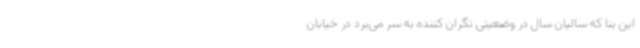
این بنا که سالیان سال در وضعیتی نگران کننده به سر می‌برد در خیابان